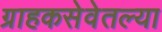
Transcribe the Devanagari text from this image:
ग्राहकसेवेतल्या